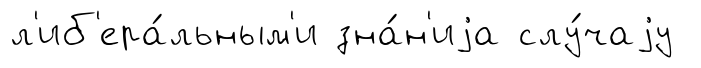
л'иб'ера́льным'и зна́н'иjа слу́чаjу